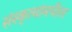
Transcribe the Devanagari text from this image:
संस्कृत्यांमधील